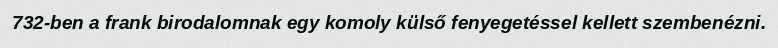
732-ben a frank birodalomnak egy komoly külső fenyegetéssel kellett szembenézni.